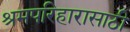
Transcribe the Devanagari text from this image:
श्रमपरिहारासाठी